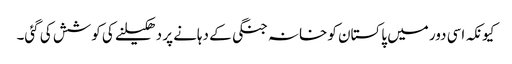
کیونکہ اسی دور میں پاکستان کو خانہ جنگی کے دہانے پر دھکیلنے کی کوشش کی گئی۔